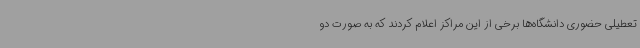
تعطیلی حضوری دانشگاه‌ها برخی از این مراکز اعلام کردند که به صورت دو